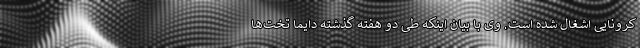
کرونایی اشغال شده است. وی با بیان اینکه طی دو هفته گذشته دایما تخت‌ها